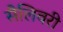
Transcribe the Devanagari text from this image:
सैलिवरी